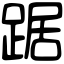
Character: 踞